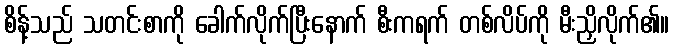
စိန့်သည် သတင်းစာကို ခေါက်လိုက်ပြီးနောက် စီးကရက် တစ်လိပ်ကို မီးညှိလိုက်၏။